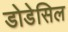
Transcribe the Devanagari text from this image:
डोडेसिल